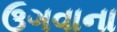
ઉગવાના